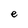
Character: e